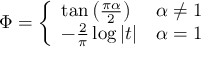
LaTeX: \Phi = { \left\{ \begin{array} { l l } { \tan \left( { \frac { \pi \alpha } { 2 } } \right) } & { \alpha \neq 1 } \\ { - { \frac { 2 } { \pi } } \log | t | } & { \alpha = 1 } \end{array} \right. }